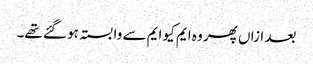
بعد ازاں پھر وہ ایم کیو ایم سے وابستہ ہو گئے تھے۔